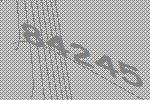
84245